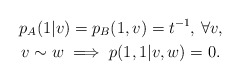
\begin{gather*}p_A(1|v)= p_B(1,v)= t^{-1}, \, \forall v, \\v \sim w \implies p(1,1 | v, w)= 0.\end{gather*}